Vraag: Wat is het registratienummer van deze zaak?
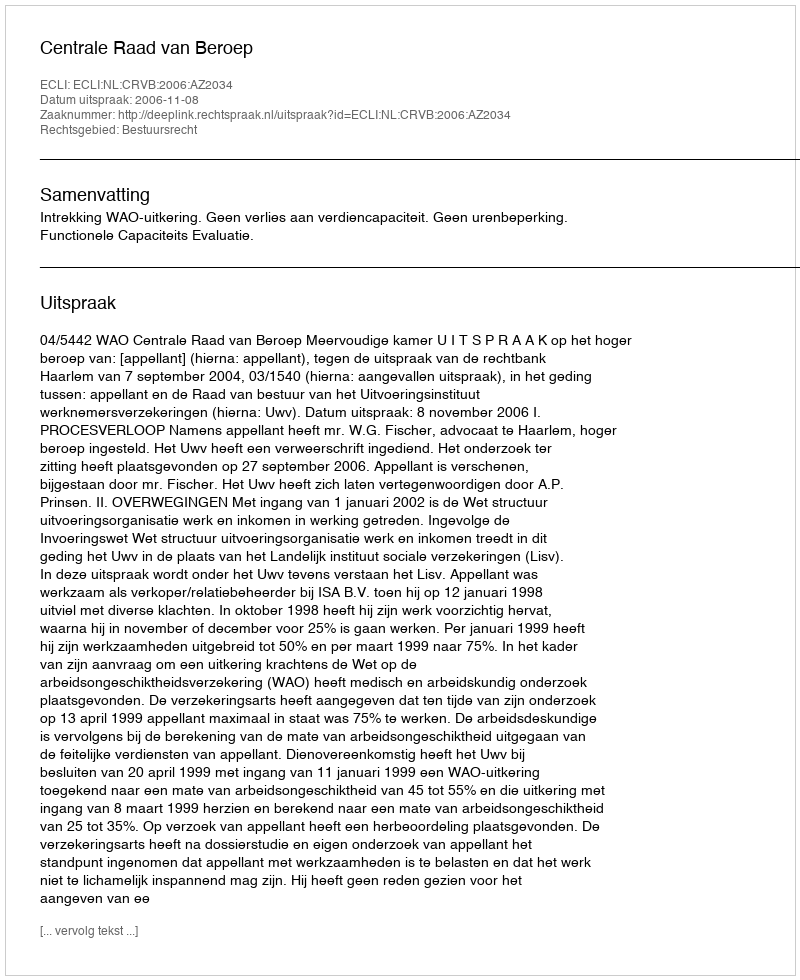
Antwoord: http://deeplink.rechtspraak.nl/uitspraak?id=ECLI:NL:CRVB:2006:AZ2034